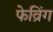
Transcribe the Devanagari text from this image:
फेव्रिंग